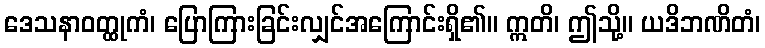
ဒေသနာဝတ္ထုကံ၊ ပြောကြားခြင်းလျှင်အကြောင်းရှိ၏။ ဣတိ၊ ဤသို့။ ယဒိဘဏိတံ၊